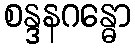
စန္ဒနဂန္ဓော